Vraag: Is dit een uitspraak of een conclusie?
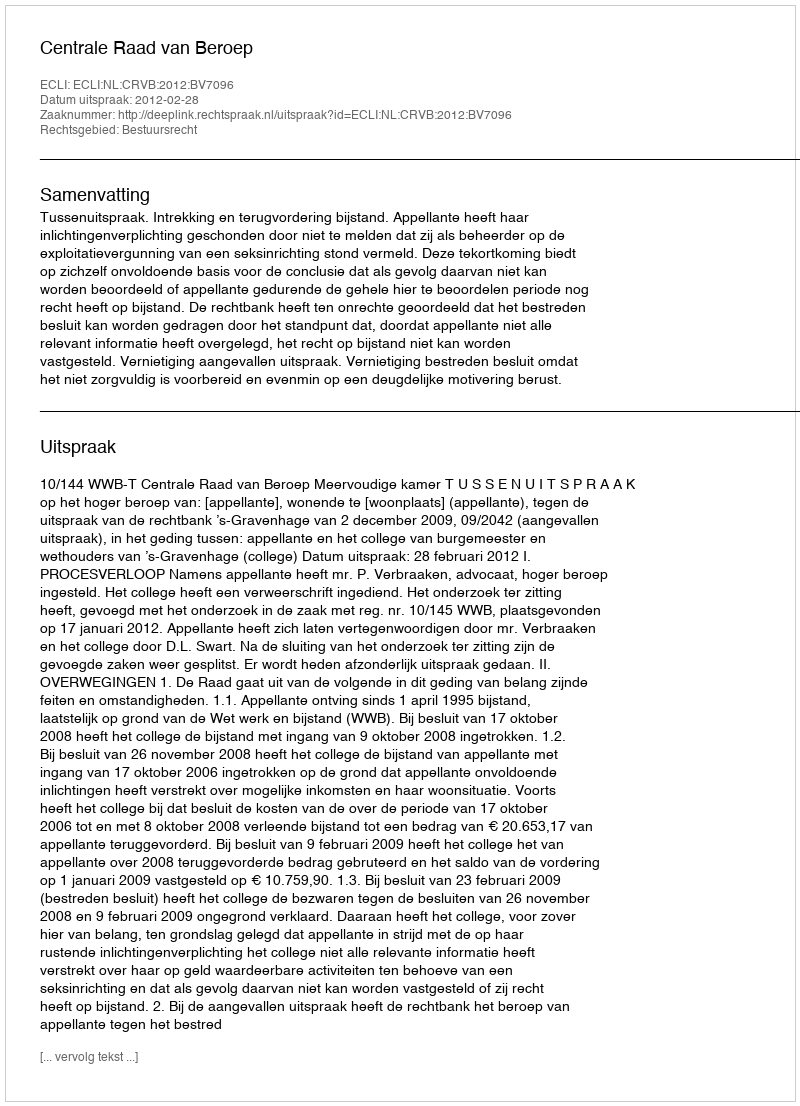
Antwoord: Uitspraak